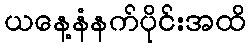
ယနေ့နံနက်ပိုင်းအထိ